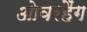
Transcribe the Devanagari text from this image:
ओवरहैंग